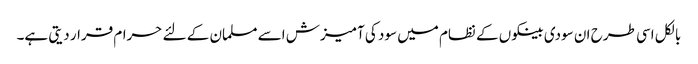
بالکل اسی طرح ان سودی بینکوں کے نظام میں سود کی آمیزش اسے مسلمان کے لئے حرام قرار دیتی ہے۔